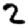
Digit: 2